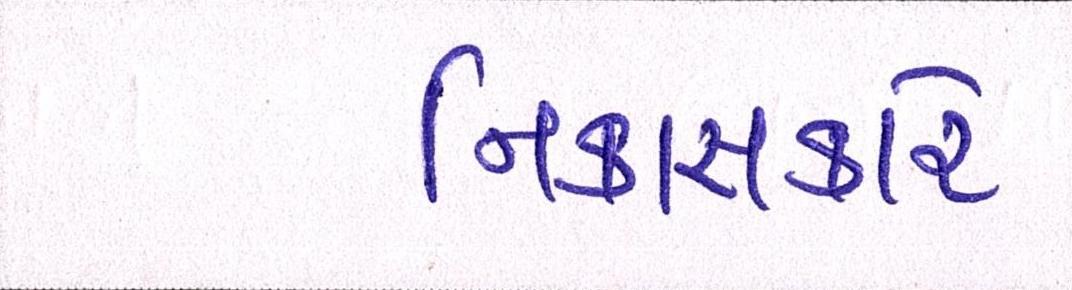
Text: નિકાસકારે